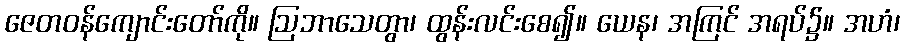
ဇေတဝန်ကျောင်းတော်ကို။ ဩဘာသေတွာ၊ ထွန်းလင်းစေ၍။ ယေန၊ အကြင် အရပ်၌။ အဟံ၊